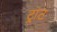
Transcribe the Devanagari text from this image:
ट्रांट